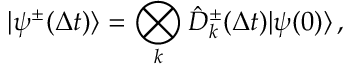
\vert \psi ^ { \pm } ( \Delta t ) \rangle = \bigotimes _ { k } \hat { D } _ { k } ^ { \pm } ( \Delta t ) \vert \psi ( 0 ) \rangle \, ,